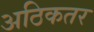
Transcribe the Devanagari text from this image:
अठिकतर